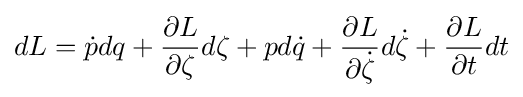
dL={\dot {p}}dq+{\frac {\partial L}{\partial \zeta }}d\zeta +pd{\dot {q}}+{\frac {\partial L}{\partial {\dot {\zeta }}}}d{\dot {\zeta }}+{\frac {\partial L}{\partial t}}dt